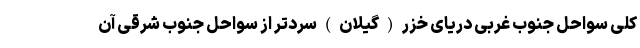
کلی سواحل جنوب غربی دریای خزر ( گیلان ) سردتر از سواحل جنوب شرقی آن